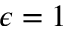
\epsilon = 1